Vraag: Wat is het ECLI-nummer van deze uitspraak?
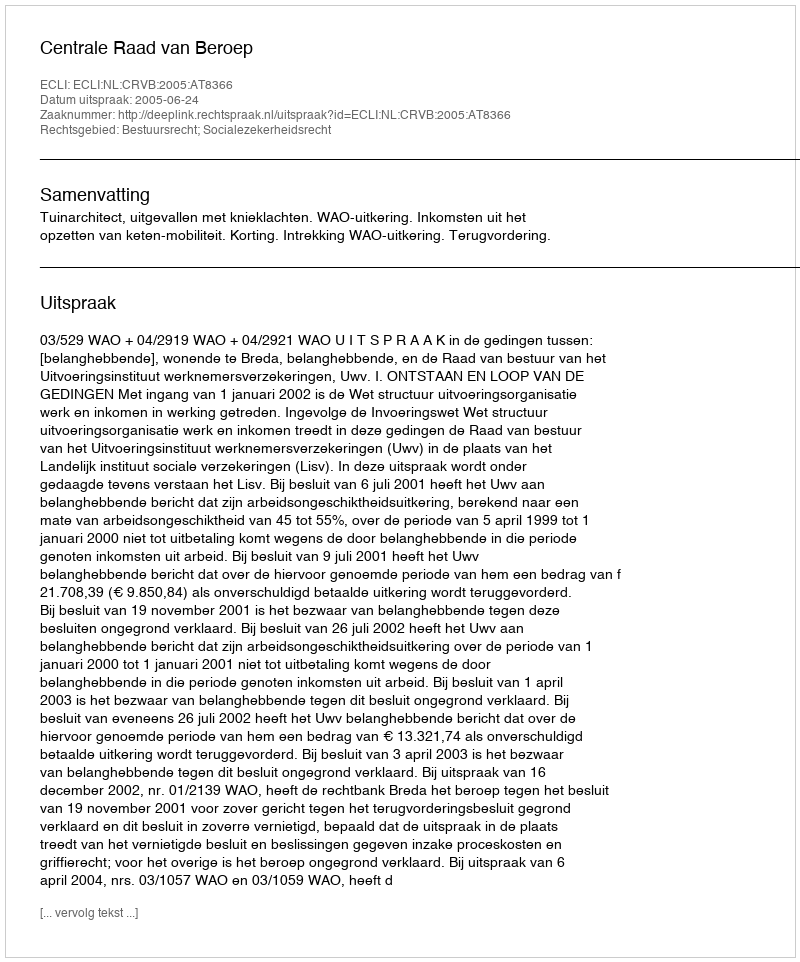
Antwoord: ECLI:NL:CRVB:2005:AT8366